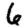
Digit: 6